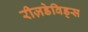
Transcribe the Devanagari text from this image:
रीज़डेविड्स